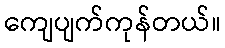
ကျေပျက်ကုန်တယ်။